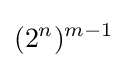
(2^{n})^{m-1}